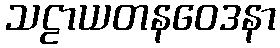
သဠာယတနဝေဒနာ